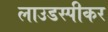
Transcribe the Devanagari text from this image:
लाउडस्‍पीकर